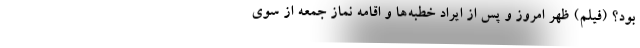
بود؟ (فیلم) ظهر امروز و پس از ایراد خطبه‌ها و اقامه نماز جمعه از سوی